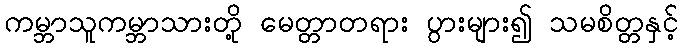
ကမ္ဘာသူကမ္ဘာသားတို့ မေတ္တာတရား ပွားများ၍ သမစိတ္တနှင့်